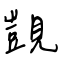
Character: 覬